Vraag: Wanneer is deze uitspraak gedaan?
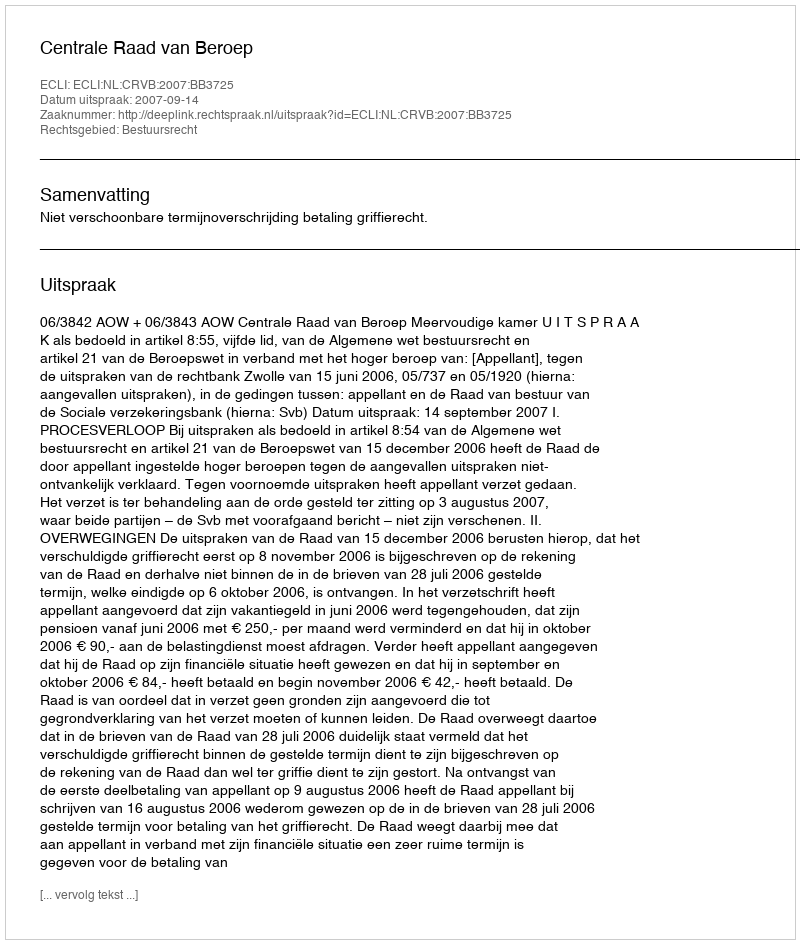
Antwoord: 2007-09-14